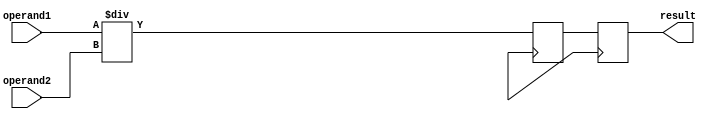
module PipelinedDivider(
    input wire [31:0] operand1,
    input wire [31:0] operand2,
    output reg [31:0] result
);

reg [31:0] quotient_reg;
reg [31:0] remainder_reg;
reg [31:0] intermediate_result;

always @* begin
    intermediate_result = operand1 / operand2;
end

always @(posedge clk) begin
    quotient_reg <= intermediate_result;
    remainder_reg <= operand1 % operand2;
end

always @(posedge clk) begin
    result <= quotient_reg;
end

endmodule